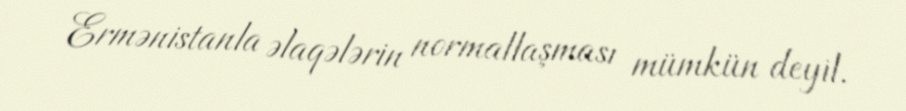
Ermənistanla əlaqələrin normallaşması mümkün deyil.